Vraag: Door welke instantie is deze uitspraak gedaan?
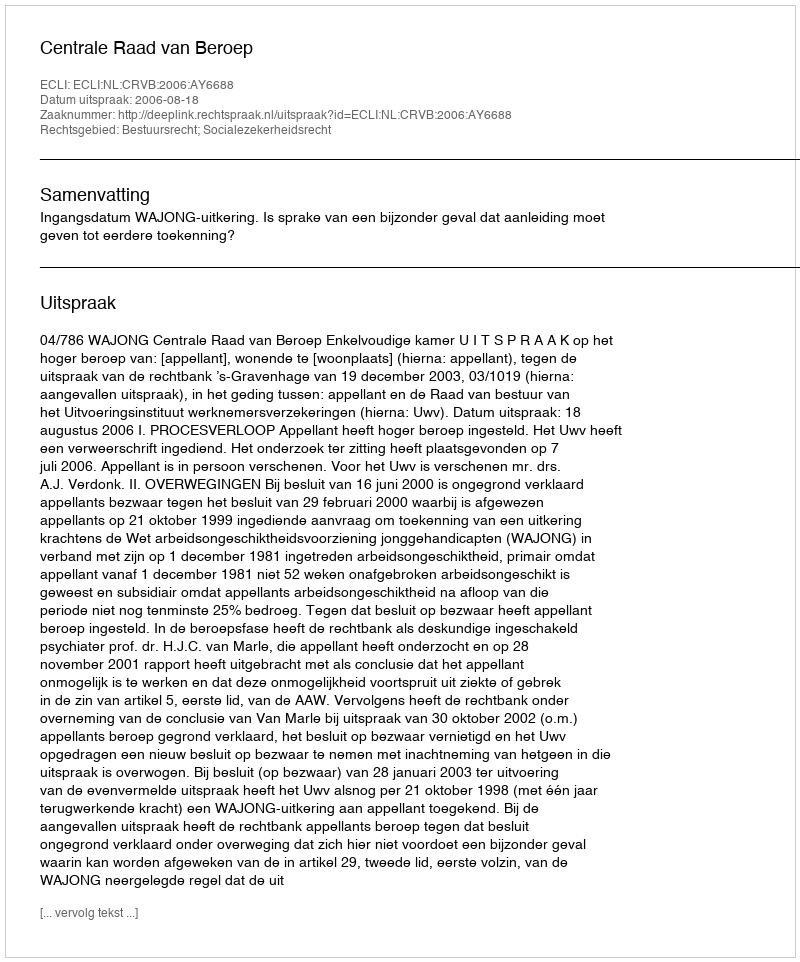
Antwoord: Centrale Raad van Beroep